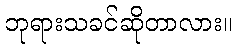
ဘုရားသခင်ဆိုတာလား။